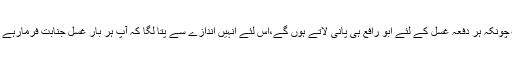
۲؎ چونکہ ہر دفعہ غسل کے لئے ابو رافع ہی پانی لاتے ہوں گے،اس لئے انہیں اندازے سے پتا لگا کہ آپ ہر بار غسل جنابت فرمارہے ہیں۔